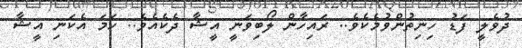
ދުވެލީ ފަޑު ހިނިތުންވުމެކެވެ.. ރައިހާން ލޯބިވަނީ އީޝާ ދެކެއެވެ.. ހަަމަ އެކަނި އީޝާ